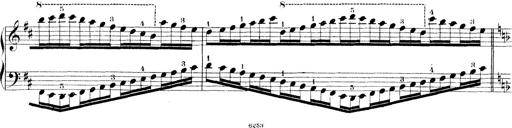
Title: Technische Studien
Composer: Franz Liszt